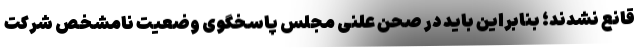
قانع نشدند؛ بنابراین باید در صحن علنی مجلس پاسخگوی وضعیت نامشخص شرکت